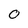
Character: O